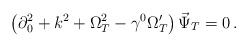
\begin{align*}\left(\partial _0^2+k^2+\Omega_T^2-\gamma ^0\Omega_T'\right)\vec\Psi _T=0\,. \end{align*}